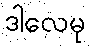
ဒါလေမု